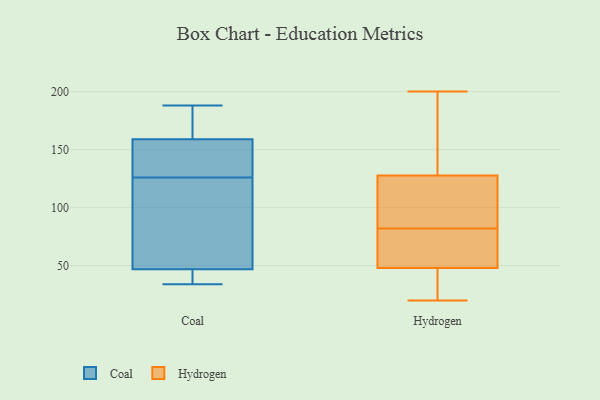
{"axis": {"x": "Churn Rate (%)", "y": "Value"}, "legend": ["Coal", "Hydrogen"], "data": [{"x": "", "y": 36, "type": "Coal"}, {"x": "", "y": 131, "type": "Coal"}, {"x": "", "y": 76, "type": "Coal"}, {"x": "", "y": 126, "type": "Coal"}, {"x": "", "y": 132, "type": "Coal"}, {"x": "", "y": 183, "type": "Coal"}, {"x": "", "y": 34, "type": "Coal"}, {"x": "", "y": 49, "type": "Coal"}, {"x": "", "y": 168, "type": "Coal"}, {"x": "", "y": 188, "type": "Coal"}, {"x": "", "y": 46, "type": "Coal"}, {"x": "", "y": 121, "type": "Hydrogen"}, {"x": "", "y": 99, "type": "Hydrogen"}, {"x": "", "y": 130, "type": "Hydrogen"}, {"x": "", "y": 94, "type": "Hydrogen"}, {"x": "", "y": 28, "type": "Hydrogen"}, {"x": "", "y": 69, "type": "Hydrogen"}, {"x": "", "y": 82, "type": "Hydrogen"}, {"x": "", "y": 20, "type": "Hydrogen"}, {"x": "", "y": 178, "type": "Hydrogen"}, {"x": "", "y": 200, "type": "Hydrogen"}, {"x": "", "y": 21, "type": "Hydrogen"}, {"x": "", "y": 156, "type": "Hydrogen"}, {"x": "", "y": 72, "type": "Hydrogen"}, {"x": "", "y": 41, "type": "Hydrogen"}, {"x": "", "y": 80, "type": "Hydrogen"}]}